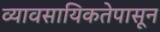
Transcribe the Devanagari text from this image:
व्यावसायिकतेपासून